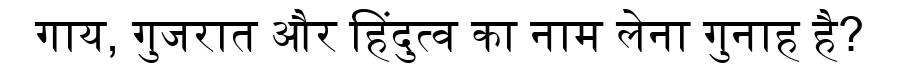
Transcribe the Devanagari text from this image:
गाय, गुजरात और हिंदुत्व का नाम लेना गुनाह है?